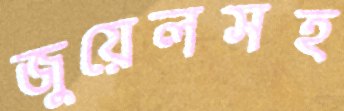
জুয়েলসহ